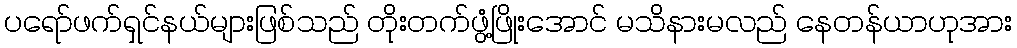
ပရော်ဖက်ရှင်နယ်များဖြစ်သည် တိုးတက်ဖွံ့ဖြိုးအောင် မသိနားမလည် နေတန်ယာဟုအား